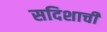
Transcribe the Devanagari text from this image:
सदिशाची